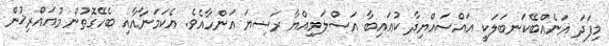
މިފަދަ އަނެއްބޭކަނބަލަކީ އައްސައްޔިދާ ކުޢައިބާ އަސްލަމިއްޔާ ރަޟިޔަ ޢަންހާއެވެ. އެކަމަނާއާއި ބެހޭގޮތުން މުއައްރިޚުން